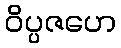
ဝိပ္ပဇဟေ